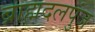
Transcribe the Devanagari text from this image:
ब्राह्मदलपुंज